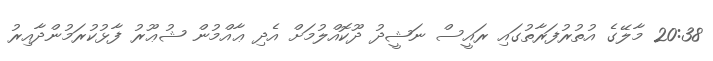
20:38 މާލޭގެ އުތުރުފަރާތުގައި ރައީސް ނަޝީދު ދޫކޮއްލުމަށް އެދި ޢާއްމުން ޝުޢޫރު ފާޅުކުރަމުންދާއިރު